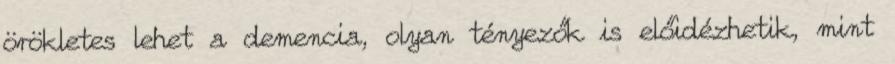
örökletes lehet a demencia, olyan tényezők is előidézhetik, mint